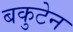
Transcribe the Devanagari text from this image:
बकुटेन